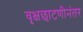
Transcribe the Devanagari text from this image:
वृक्षछाटणीनंतर